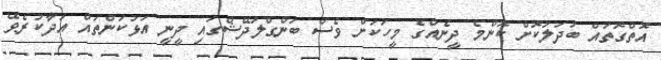
އޮތްގޮތައް ބަދަލުކޮށް ކޮންމެ ދީނެއްގެ މީހަކަށް ވެސް ބަންގްލަދޭޝްގައި ދީނީ އަޅުކަންތައް އަދާކުރެވޭ